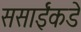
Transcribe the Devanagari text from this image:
ससाईंकडे